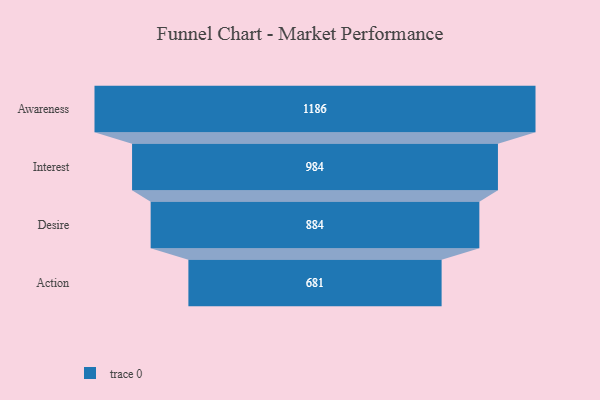
{"axis": {"x": "Stage", "y": "Value"}, "legend": [""], "data": [{"x": "Awareness", "y": 1186.0, "type": ""}, {"x": "Interest", "y": 984.0, "type": ""}, {"x": "Desire", "y": 884.0, "type": ""}, {"x": "Action", "y": 681.0, "type": ""}]}